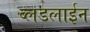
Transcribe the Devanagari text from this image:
ब्लडलाईन